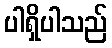
ပါရှိပါသည်